system: You are a helpful assistant.
user:
Analyze the provided spectrum to determine if it is a **Carbon Star (C-type)**.

- **Key Visual Indicators of Carbon Star:**
    - **(Primary):** Strong molecular absorption from **C₂ (diatomic carbon) "Swan Bands."** This is the **defining feature** of a carbon star.
        - **(Key Bandheads):** Sharp absorption edges are visible at approximately $5635$ Å, $5165$ Å (the strongest band), and $4737$ Å.
        - **(Line Profile):** Creates a distinct **"saw-tooth"** pattern. The key morphology is a sharp, steep bandhead on the **red (long-wavelength) side**, which then gradually tapers off (i.e., flux recovers) towards the **blue (short-wavelength) side**. *(This is the direct opposite of the TiO bands seen in M-type stars)*.

    - **(Secondary):** Intense **CN (cyanogen)** molecular absorption bands.
        - **(Key Bandheads):** Located in the blue and violet regions of the spectrum (e.g., near $4215$ Å and $3883$ Å).
        - **(Morphology):** These bands are extremely broad and act as a "blanket," absorbing the vast majority of blue and violet light. This creates a characteristic **"cliff"** or **"steep drop-off"** in the spectrum's flux at short wavelengths.

    - **(Key Confirmation):** Strong **CH absorption band (G-band)**.
        - **(Key Bandhead):** Located around $4300$ Å. The contribution from CH molecules to this band is exceptionally strong.

    - **(Overall Spectrum):**
        - The continuum is severely "chopped up" by these deep molecular bands, especially C₂, rather than appearing as a smooth curve.
        - Due to the heavy CN and C₂ absorption in the blue-green, the vast majority of the star's flux is concentrated in the red part of the spectrum, giving the star its characteristic deep red color.

Think first, call **spectral_visualization_tool** if needed to examine features in detail, then provide your final answer. Your response must adhere to the following strict rules:
1.  **Overall Structure:** Your response must follow the format `<think>...</think> <tool_call>...</tool_call> (if a tool is used) <answer>...</answer>`.
2.  **Tool Usage Constraint:** You may only make **one** tool call per turn.
3.  **Final Answer Format:** In the `<answer>` tag, your conclusion must be inside a `\boxed{}` command (e.g., `\boxed{YES}`), followed by your justification.

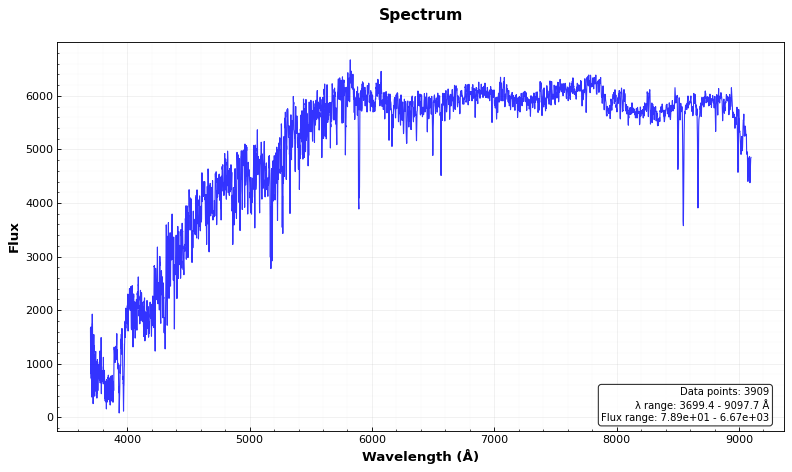
Answer: NO